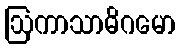
ဩကာသာဓိဂမော